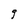
Character: g